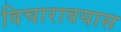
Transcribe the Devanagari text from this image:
विचारावयास